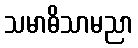
သမာဓိသာမညာ